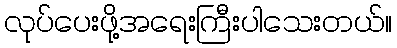
လုပ်ပေးဖို့အရေးကြီးပါသေးတယ်။